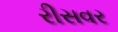
રીસવર